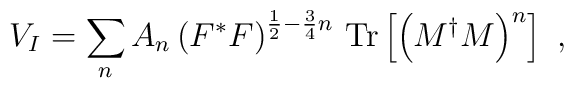
V_I =\sum_n A_n \left(F^{*}F\right)^{\frac{1}{2} -\frac{3}{4}n} \, {\rm Tr} \left[\left(M^{\dagger}M\right)^n\right] \ ,